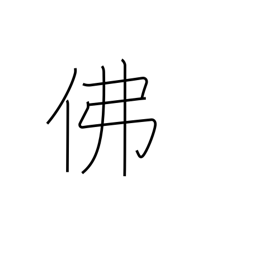
Meaning: France